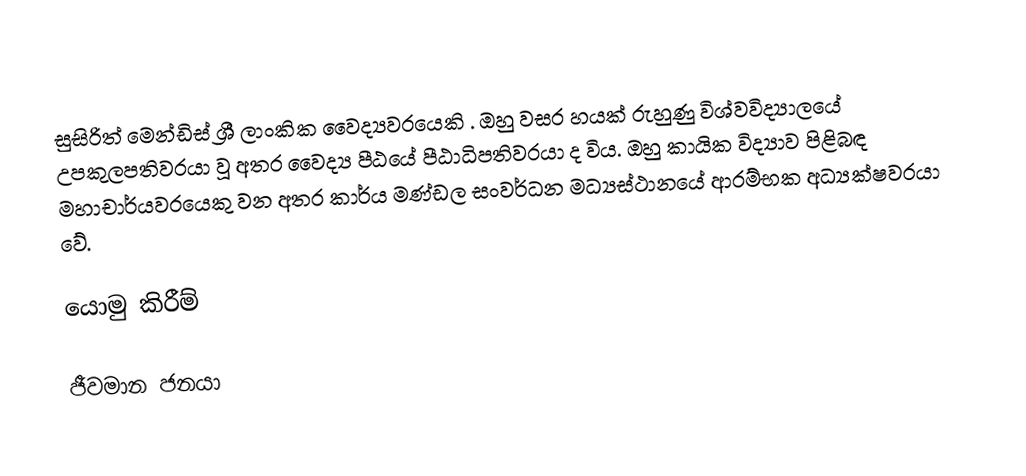
සුසිරිත් මෙන්ඩිස් ශ්‍රී ලාංකික වෛද්‍යවරයෙකි . ඔහු වසර හයක් රුහුණු විශ්වවිද්‍යාලයේ උපකුලපතිවරයා වූ අතර වෛද්‍ය පීඨයේ පීඨාධිපතිවරයා ද විය. ඔහු කායික විද්‍යාව පිළිබඳ මහාචාර්යවරයෙකු වන අතර කාර්ය මණ්ඩල සංවර්ධන මධ්‍යස්ථානයේ ආරම්භක අධ්‍යක්ෂවරයා වේ.

යොමු කිරීම්

ජීවමාන ජනයා